NAE_kihelkonnakohtute_kirjad_ja_protokollid_1869-1889, lk 4
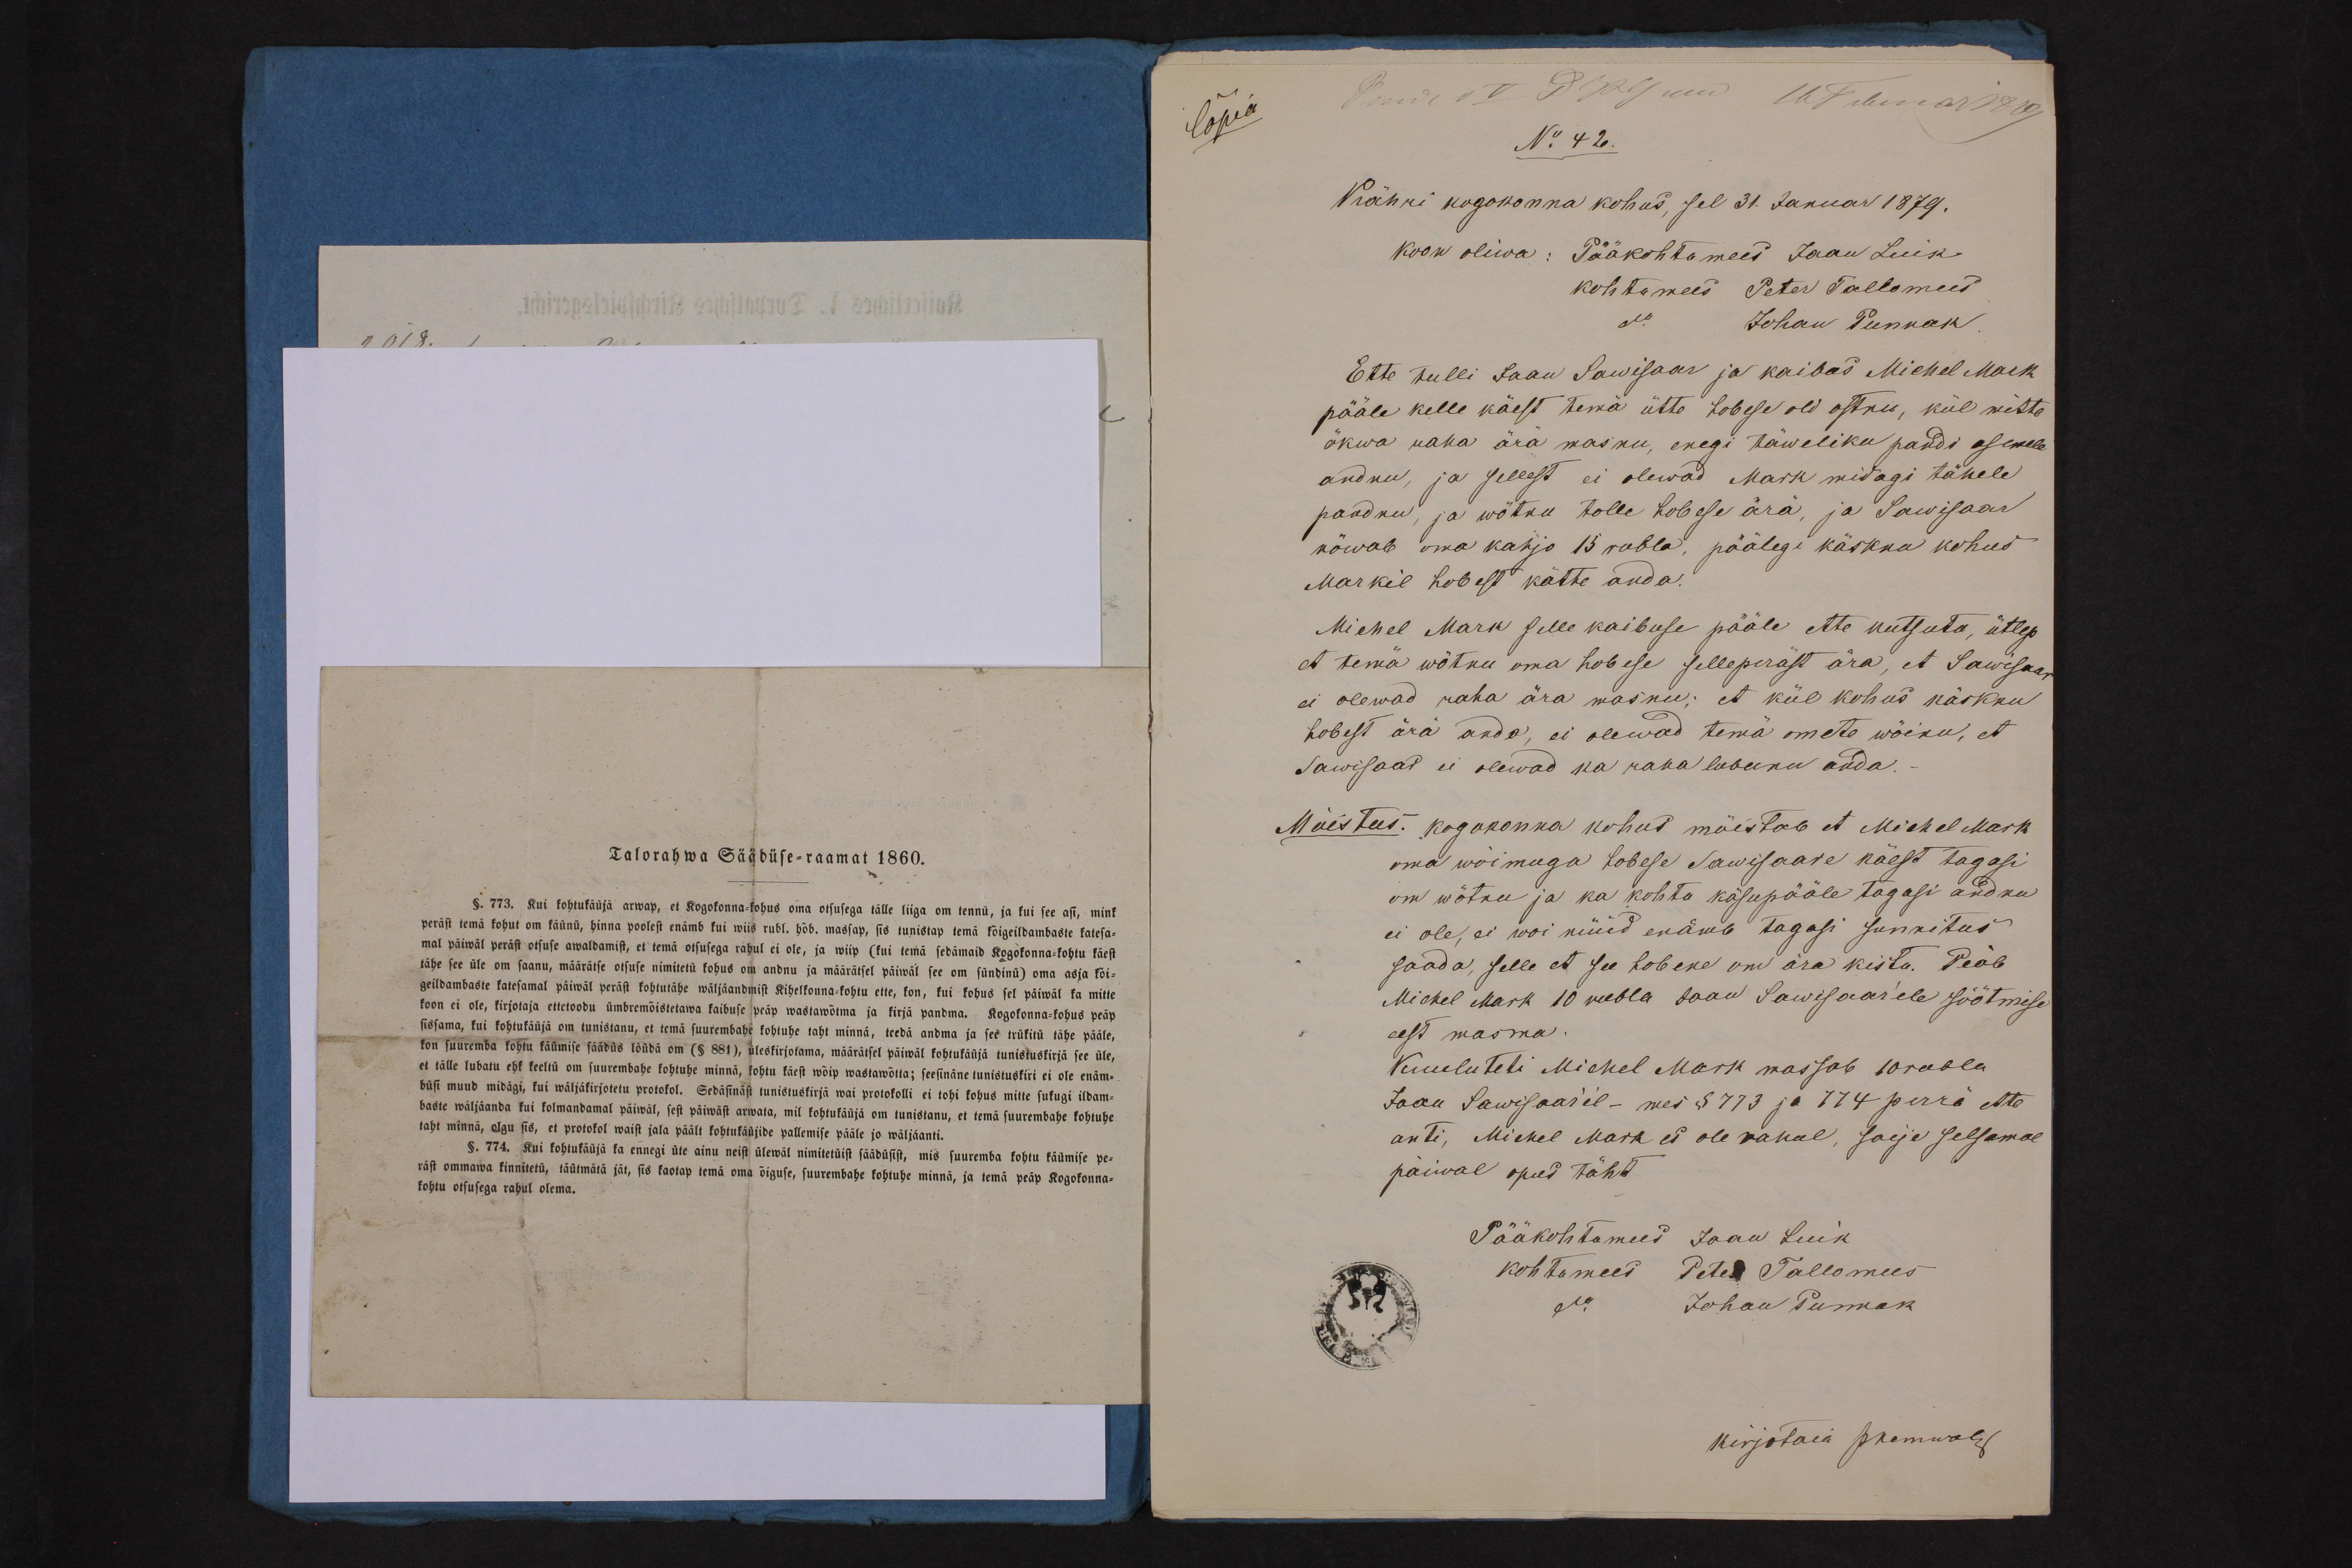
Copia

N: 42.
Kähri kogokonna kohus, sel 31. Januar 1879.
Ette tulli Jaan Sawisaar ja kaibas Michel Mark
pääle kelle käest temä ütte hobese oli ostnu, kül wiste
õkwa raha ära masnu, enegi täweliku pandi asemele
andnu, ja sellest ei olewad Mark midagi tähele
paadnu, ja wõtnu tolle hobese ära, ja Sawisaar
nõwab oma kahjo 15 rubla, päälegi käsknu kohus
Markil hobest kätte anda.
Michel Mark selle kaibuse pääle ette kutsuda, ütlep
et tema wõtku oma hobese selleperäst ära, et Sawisaar
ei olewad raha ära masnu; et kül kohus käsknu
hobest ära anda, ei olewad tema omete wõinu, et
Sawisaar ei olewad ka raka lobunu anda.
Mõistus: kogokonna kohud mõistab et Michel Mark
oma wõimuga hobese Sawisaare käest tagasi
om wõtnu ja ka kohto käsupääle tagagi andnu
ei ole, ei wõi nüüd enämb tagasi sunnitus
saada, selle et see hobene om ära kista. Peäb
Michel Mark 10 rubla Jaan Sawisaarele söötmise
eest masma
Kuuluteti Michel Mark massab 10 rubla
Jaan Sawisaaril - mes § 773 ja 774 perrä ette
anti, Mickel Mark ei ole rahul, saije selsamal
päiwal opud täht